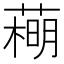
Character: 𦻽